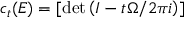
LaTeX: c _ { t } ( E ) = [ \operatorname* { d e t } \left( I - t { \Omega / 2 \pi i } \right) ]